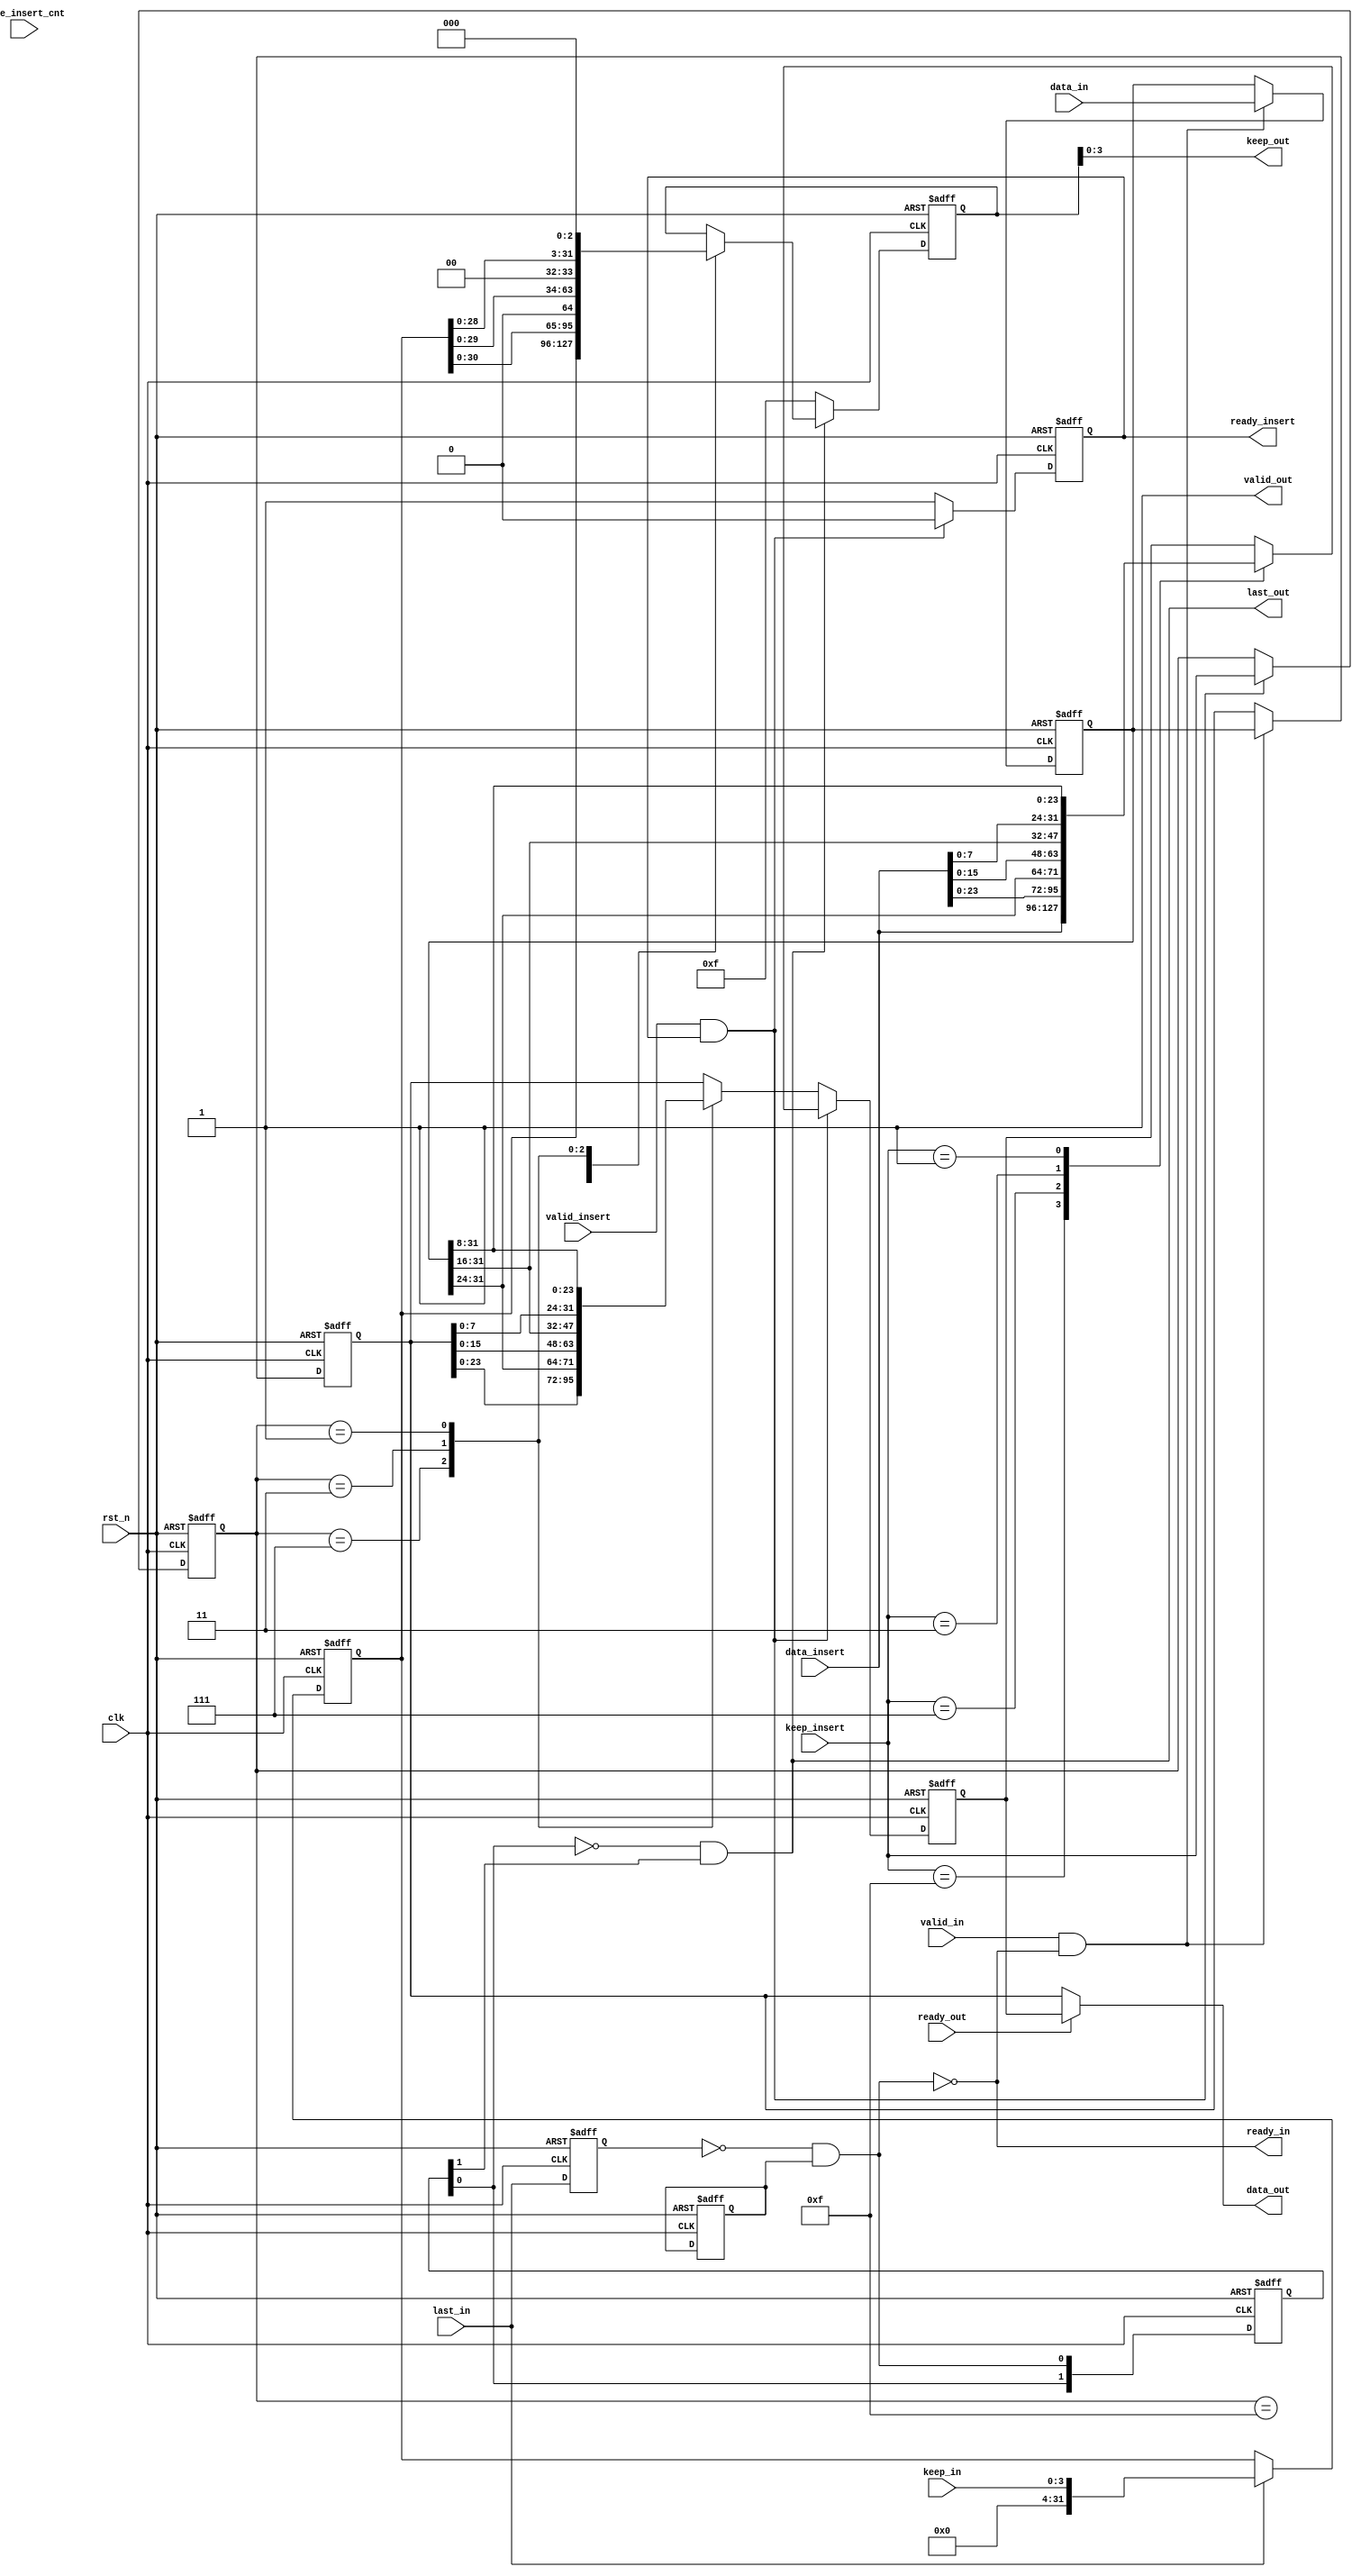
`timescale 1ns / 1ps

module axi_stream_insert_header 
#(
	parameter 		DATA_WD = 32,
	parameter 		DATA_BYTE_WD = DATA_WD / 8,
	parameter 		BYTE_CNT_WD = $clog2(DATA_BYTE_WD)
)(
	input 			clk,
	input 			rst_n,
	// AXI Stream input original data
	input 							valid_in,
	input 	[DATA_WD-1 : 0] 				data_in,
	input 	[DATA_BYTE_WD-1 : 0] 				keep_in,
	input 							last_in,
	output 							ready_in,
	// AXI Stream output with header inserted
	output 							valid_out,
	output 	[DATA_WD-1 : 0] 				data_out,
	output 	[DATA_BYTE_WD-1 : 0] 				keep_out,
	output 							last_out,
	input 							ready_out,
	// The header to be inserted to AXI Stream input
	input 							valid_insert,
	input 	[DATA_WD-1 : 0] 				data_insert,
	input 	[DATA_BYTE_WD-1 : 0] 				keep_insert,
	input	[BYTE_CNT_WD-1 : 0]				byte_insert_cnt,
	output 							ready_insert
);



/****************************************************/
//
function integer clog2(input integer number);
begin
	for(clog2 = 0 ; number > 0 ; clog2 = clog2 + 1)
		number = number << 1;
end
endfunction

/*************************************************/


/************************************************/
wire 	insert_flag;
wire p_last_in_pulse;
wire	w_in_active;
wire	w_out_active;

/************************************************/
reg						cnt;
reg						r_ready_insert;
reg	[DATA_WD-1:0]		r_header_data_out;
reg	[DATA_BYTE_WD-1:0]	r_keep_insert;
reg	[DATA_WD-1:0]		r_data_out1;
reg	[DATA_WD-1:0]		r_data_out2;
reg						r_last_in1;
reg						r_last_in2;
reg [DATA_WD-1:0]		r_keep_in;
reg	[1:0]				r_last_out_flag;
reg	[DATA_WD-1:0]		r_keep_out;

/***********************************************/
assign ready_insert = r_ready_insert;
assign insert_flag = valid_insert && ready_insert;
assign data_out = (valid_out && ready_out)?r_header_data_out:r_data_out2;
assign keep_out = r_keep_out;
assign	w_in_active = valid_in && ready_in;
assign	w_out_active = valid_out &&ready_out;

/*************************************************/


/*insert*/
always@(posedge clk or negedge rst_n)begin
	if(!rst_n)
		r_ready_insert <= 'd0;
	else if(insert_flag)
		r_ready_insert <= 'd0;
	else
		r_ready_insert <= 'd1;
end



always@(posedge  clk or negedge rst_n)begin
	if(!rst_n)
		r_keep_insert <= 0;
	else if(insert_flag)
		r_keep_insert <= keep_insert;
	else
		r_keep_insert <= r_keep_insert;
end


/*in*/
always@(posedge  clk or negedge rst_n)begin
	if(!rst_n)begin
		r_data_out1 <= 'd0;
		r_data_out2 <= 'd0;
	end
	else if(w_in_active)begin
		r_data_out1 <= data_in;
		r_data_out2 <= r_data_out1;
	end
	else begin
		r_data_out1 <= r_data_out1;
		r_data_out2 <= r_data_out2;
	end
end


always@(posedge  clk or negedge rst_n)begin
	if(!rst_n)
		r_keep_in <= 0;
	else if(last_in)
		r_keep_in <= keep_in;
	else
		r_keep_in <= r_keep_in;
end



//last_in
always@(posedge  clk or negedge rst_n)begin
	if(!rst_n)begin
		r_last_in1 <= 'd0;
		r_last_in2 <= 'd0;
	end
	else begin
		r_last_in1 <= last_in;
		r_last_in2 <= r_last_in2;
	end
end
assign p_last_in_pulse = ~r_last_in1 && r_last_in2;
assign ready_in = ~p_last_in_pulse;


/*out*/
/**headerdata******/
always@(posedge  clk or negedge rst_n)begin
	if(!rst_n)
		r_header_data_out <= 0;
	else if(insert_flag)
		case(keep_insert)
			4'b1111:r_header_data_out <= data_insert;
			4'b0111:r_header_data_out <= {data_insert[23:0],r_data_out1[31:24]};
			4'b0011:r_header_data_out <= {data_insert[15:0],r_data_out1[31:16]};
			4'b0001:r_header_data_out <= {data_insert[7:0],r_data_out1[31:8]};
		default:r_header_data_out <= r_header_data_out;
		endcase
	else
		case(r_keep_insert)
			4'b1111:r_header_data_out <= r_data_out2;
			4'b0111:r_header_data_out <= {r_data_out2[23:0],r_data_out1[31:24]};
			4'b0011:r_header_data_out <= {r_data_out2[15:0],r_data_out1[31:16]};
			4'b0001:r_header_data_out <= {r_data_out2[7:0],r_data_out1[31:8]};
		default:r_header_data_out <= r_data_out2;
		endcase
end



always@(posedge  clk or negedge rst_n)begin
	if(!rst_n)
		r_last_out_flag <= 2'b0;
	else
		r_last_out_flag <= {r_last_out_flag[0],p_last_in_pulse};
end
assign last_out = ~r_last_out_flag[0] & r_last_out_flag[1];



always@(posedge  clk or negedge rst_n)begin
	if(!rst_n)
		r_keep_out <= 0;
	else if(last_out)
		case(r_keep_insert)
			4'b1111:r_keep_out <= r_keep_in;
			4'b0111:r_keep_out <= r_keep_in << 1;
			4'b0011:r_keep_out <= r_keep_in << 2;
			4'b0001:r_keep_out <= r_keep_in << 3;
		endcase
	else if(valid_out)
		r_keep_out <= 4'b1111;
end


//valid_out
//reg [1:0]insert_flag_r;
//always@(posedge clk or negedge rst_n)begin
//    if(!rst_n)
//        insert_flag_r<=0;
//    else
//        insert_flag_r <= {insert_flag_r[0],insert_flag};
//end
//assign valid_out = ~(~insert_flag_r[1]&insert_flag_r[0]);
assign valid_out = 'd1;

endmodule